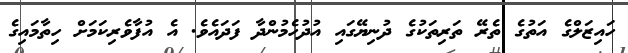
ހައިޒަލްގެ އަތުގެ ތެރޭ ތަރިތަކުގެ ދުނިޔޭގައި އުދުހެމުންދާ ފަދައެވެ. އެ އުފާވެރިކަމަށް ހިތާމައިގެ